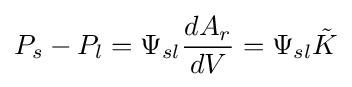
P_{s}-P_{l}=\Psi _{sl}{\frac {dA_{r}}{dV}}=\Psi _{sl}{\tilde {K}}